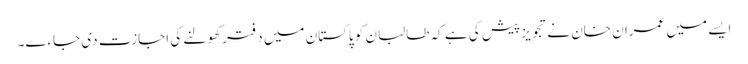
ایسے میں عمران خان نے تجویز پیش کی ہے کہ طالبان کو پاکستان میں دفتر کھولنے کی اجازت دی جاءے۔